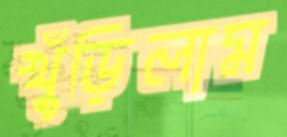
খুঁড়িলাম